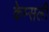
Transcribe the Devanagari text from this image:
केम्सली